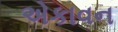
એકાવન